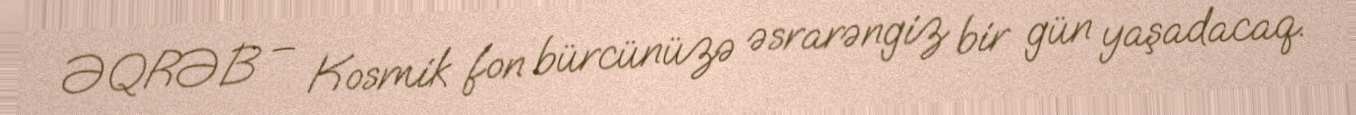
ƏQRƏB – Kosmik fon bürcünüzə əsrarəngiz bir gün yaşadacaq.